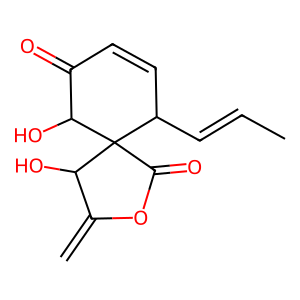
SMILES: C=C1OC(=O)C2(C(C=CC)C=CC(=O)C2O)C1O
Inhibits HIV replication: No